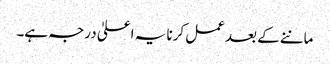
ماننے کے بعد عمل کرنا یہ اعلیٰ درجہ ہے۔